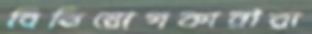
বিনিয়োগকারীরা